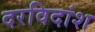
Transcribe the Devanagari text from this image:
दरविदांश